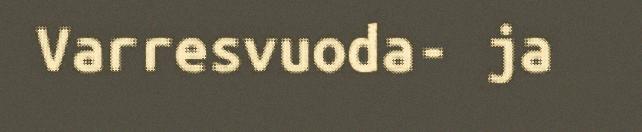
Varresvuoda- ja